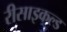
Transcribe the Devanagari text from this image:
रीसाइकल्ड